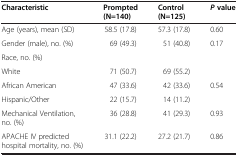
| Characteristic | Prompted (N=140) | Control (N=125) | Pvalue |
 | --- | --- | --- | --- |
 | Age (years), mean (SD) | 58.5 (17.8) | 57.3 (17.8) | 0.60 |
 | Gender (male), no. (%) | 69 (49.3) | 51 (40.8) | 0.17 |
 | Race, no. (%) |  |  |  |
 | White | 71 (50.7) | 69 (55.2) |  |
 | African American | 47 (33.6) | 42 (33.6) | 0.54 |
 | Hispanic/Other | 22 (15.7) | 14 (11.2) |  |
 | Mechanical Ventilation, no. (%) | 36 (28.8) | 41 (29.3) | 0.93 |
 | APACHE IV predicted hospital mortality, no. (%) | 31.1 (22.2) | 27.2 (21.7) | 0.86 |